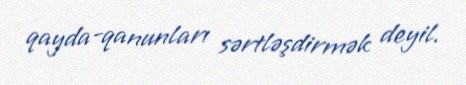
qayda-qanunları sərtləşdirmək deyil.